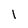
Character: 1